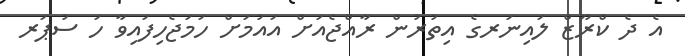
އެ ދެ ކްރޫޒް ލައިނަރގެ އިތުރުން ރާއްޖެއަށް އައުމަށް ހަމަޖެހިފައިވާ ހަ ސުޕަރ